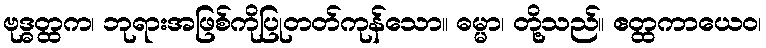
ဗုဒ္ဓတ္ထက၊ ဘုရားအဖြစ်ကိုပြုတတ်ကုန်သော။ ဓမ္မာ၊ တို့သည်။ ဧတ္ထကာယေဝ၊